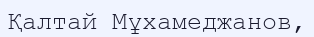
Қалтай Мұхамеджанов,